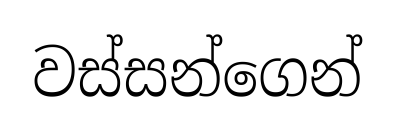
වස්සන්ගෙන්